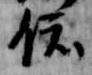
依